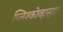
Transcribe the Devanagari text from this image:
प्लिश्कोव्हासुद्धा